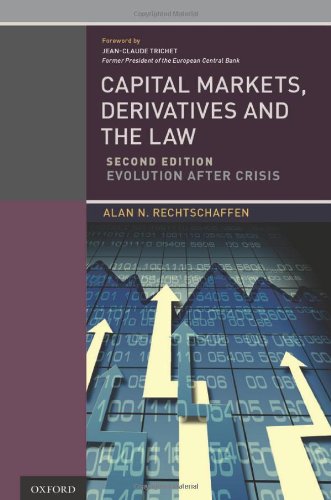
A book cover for Capital Markets, Derivatives and the Law: Evolution After Crisis; Alan N. Rechtschaffen; Business & Money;